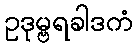
ဥဒုမ္ဗရခါဒကံ